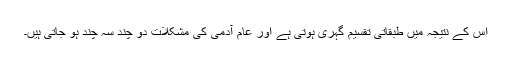
اس کے نتیجہ میں طبقاتی تقسیم گہری ہوتی ہے اور عام آدمی کی مشکلات دو چند سہ چند ہو جاتی ہیں۔